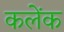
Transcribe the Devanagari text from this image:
कलेंक